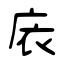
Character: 庡